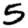
Digit: 5